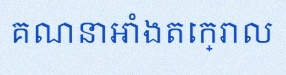
គណនាអាំងតេក្រាល